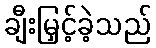
ချီးမြှင့်ခဲ့သည်